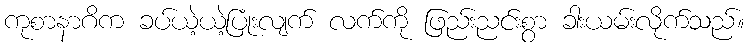
ကုစာနာဂိက ခပ်ယဲ့ယဲ့ပြုံးလျက် လက်ကို ဖြည်းညင်းစွာ ခါးယမ်းလိုက်သည်။